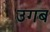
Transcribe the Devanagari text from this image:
उगब